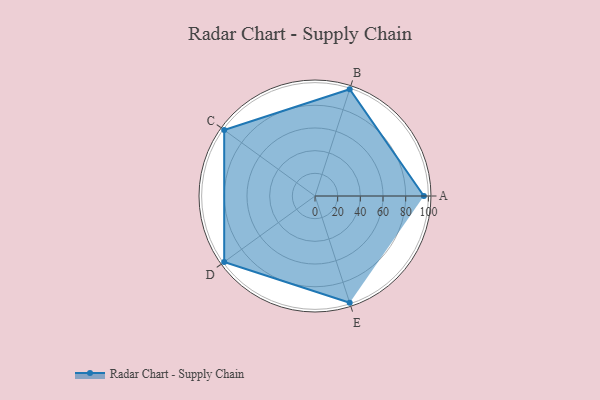
{"axis": {"x": "Skill", "y": "Score"}, "legend": ["Profile"], "data": [{"x": "A", "y": 96.0, "type": "Profile"}, {"x": "B", "y": 99.0, "type": "Profile"}, {"x": "C", "y": 99, "type": "Profile"}, {"x": "D", "y": 99, "type": "Profile"}, {"x": "E", "y": 99, "type": "Profile"}]}